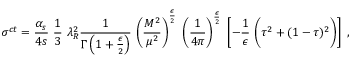
\sigma ^ { c t } = { \frac { \alpha _ { s } } { 4 s } } ~ { \frac { 1 } { 3 } } ~ \lambda _ { R } ^ { 2 } { \frac { 1 } { \Gamma \left( 1 + { \frac { \epsilon } { 2 } } \right) } } ~ \Bigg ( { \frac { M ^ { 2 } } { \mu ^ { 2 } } } \Bigg ) ^ { \frac { \epsilon } { 2 } } ~ \left( { \frac { 1 } { 4 \pi } } \right) ^ { \frac { \epsilon } { 2 } } ~ \left[ - { \frac { 1 } { \epsilon } } ~ \Bigg ( \tau ^ { 2 } + ( 1 - \tau ) ^ { 2 } \Bigg ) \right] \ ,